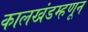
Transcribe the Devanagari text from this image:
कालखंडम्हणून